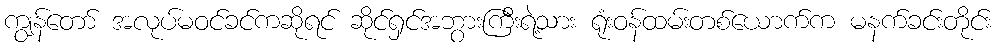
ကျွန်တော် အလုပ်မဝင်ခင်ကဆိုရင် ဆိုင်ရှင်အဘွားကြီးရဲ့သား ရုံးဝန်ထမ်းတစ်ယောက်က မနက်ခင်းတိုင်း